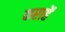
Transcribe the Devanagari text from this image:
कराहें